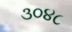
૩૦૪૮